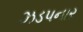
ઝડપનાર